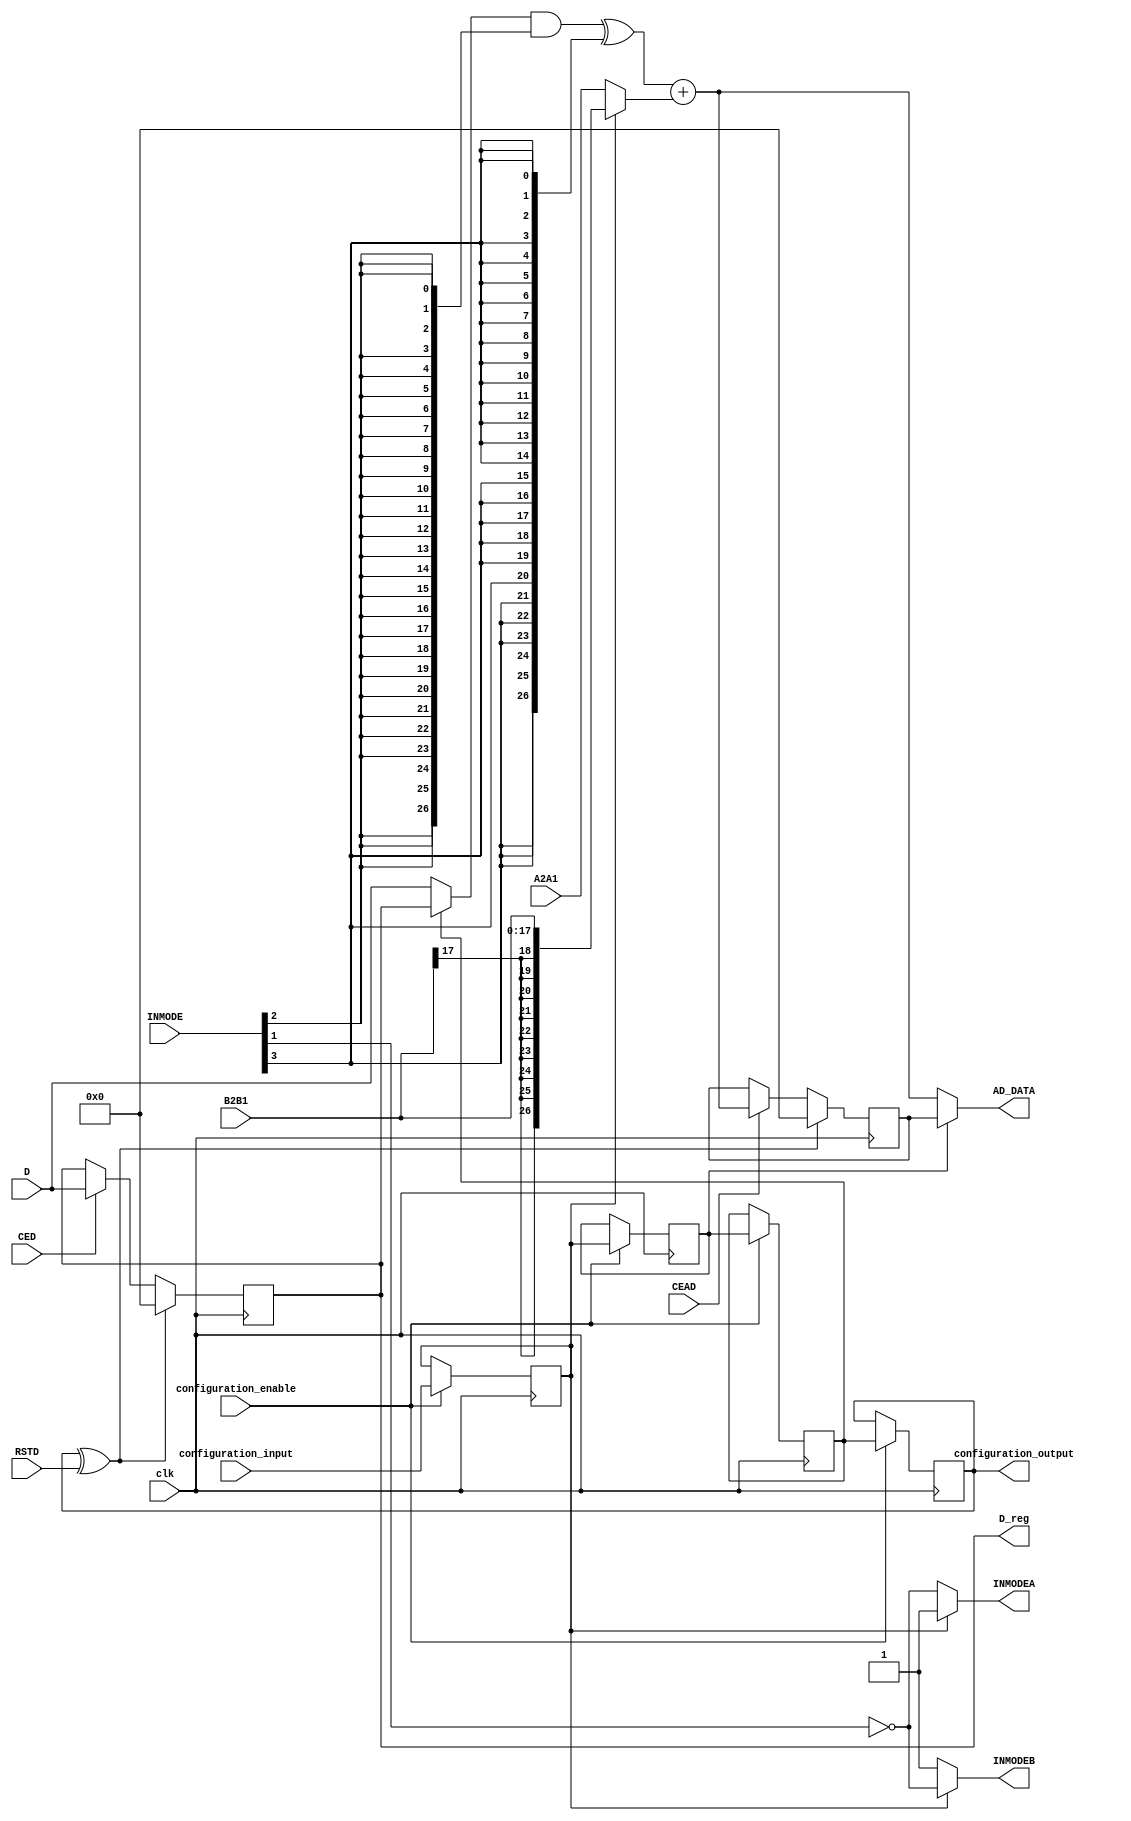
/*****************************************************************
*	Configuration bits order :
*			PREADDINSEL <= configuration_input;
*			ADREG <= PREADDINSEL;
*			DREG <= ADREG;
*			IS_RSTD_INVERTED <= DREG;
*			configuration_output = IS_RSTD_INVERTED;
*****************************************************************/
`timescale 1 ns / 100 ps   
module D_Register_block_RegOut(
		input clk,
		
		input [26:0] D,
	
		input CED,
		input RSTD,
		input CEAD,

		input [4:0] INMODE,

		input [26:0] A2A1,
		input [17:0] B2B1,
		
		output [26:0] AD_DATA,
		output reg INMODEA,
		output reg INMODEB,
		output reg [26:0] D_reg,
		
		input configuration_input,
		input configuration_enable,
		output configuration_output
	);

	parameter input_freezed = 1'b0;
	
	// configuring bits
	reg PREADDINSEL;
	reg ADREG;
	reg DREG;
	reg IS_RSTD_INVERTED;
	
	always@(posedge clk)begin
		if (configuration_enable)begin
			PREADDINSEL <= configuration_input;
			ADREG <= PREADDINSEL;
			DREG <= ADREG;
			IS_RSTD_INVERTED <= DREG;
		end
	end
	assign configuration_output = IS_RSTD_INVERTED;	
	
	
	// D
	wire [26:0] PREADD_AB;
	assign PREADD_AB = (PREADDINSEL) ? ({{9{B2B1[17]}},{B2B1}}): A2A1;
	
	
	wire RSTD_xored;
	assign RSTD_xored = IS_RSTD_INVERTED ^ RSTD;
	
	always @(posedge clk) begin
		if (RSTD_xored) 
			D_reg <= 27'b0;
		else if (CED) 
			D_reg <= D;
	end
	
	wire [26:0] d_dreg_mux2to1;
	wire [26:0] d_dreg_mux2to1_and;
	wire [26:0] d_dreg_mux2to1_and_xor;
	wire [26:0] AD;
	
	assign d_dreg_mux2to1 = (input_freezed | DREG) ? D_reg: D;
	assign d_dreg_mux2to1_and = d_dreg_mux2to1 & ( {27{INMODE[2]}});
	assign d_dreg_mux2to1_and_xor = d_dreg_mux2to1_and ^ ( {27{INMODE[3]}});
	assign AD = d_dreg_mux2to1_and_xor + PREADD_AB;
	
	reg [26:0] AD_reg;
	always@(posedge clk)begin
		if (RSTD_xored) 
			AD_reg <= 27'b0;
		else if (CEAD) 
			AD_reg <= AD;
	end

	assign AD_DATA = (ADREG) ? (AD_reg): (AD);


	always @(*) begin
		if (PREADDINSEL == 0 )
			INMODEA = ~(INMODE[1]);
		else 
			INMODEA = 1'b1;
	end	
	
	always @(*) begin
		if (PREADDINSEL == 1'b0 )
			INMODEB = 1'b1;
		else 
			INMODEB = ~(INMODE[1]);
	end	
	
endmodule